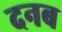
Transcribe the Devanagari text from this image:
दनब